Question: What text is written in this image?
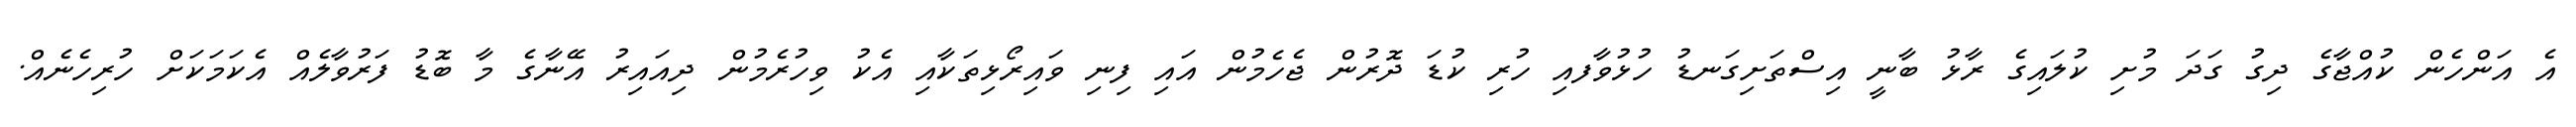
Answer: އެ އަންހެން ކުއްޖާގެ ދިގު ގަދަ މުށި ކުލައިގެ ރާޅު ބާނީ އިސްތަށިގަނޑު ހުޅުވާފއި ހުރި ކުޑަ ދޮރުން ޖެހެމުން އައި ފިނި ވައިރޯޅިތަކާއި އެކު ވިހުރެމުން ދިއައިރު އޭނާގެ މާ ބޮޑު ފަރުވާލެއް އެކަމަކަށް ހުރިހެނެއް.